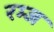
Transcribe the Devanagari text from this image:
रम्ज